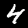
Digit: 4